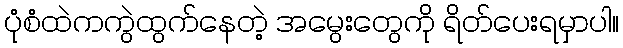
ပုံစံထဲကကွဲထွက်နေတဲ့ အမွေးတွေကို ရိတ်ပေးရမှာပါ။